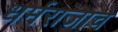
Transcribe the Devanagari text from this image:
धर्मराजाचे